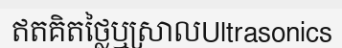
ឥតគិតថ្លៃឬស្រាលUltrasonics